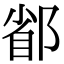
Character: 𨜜